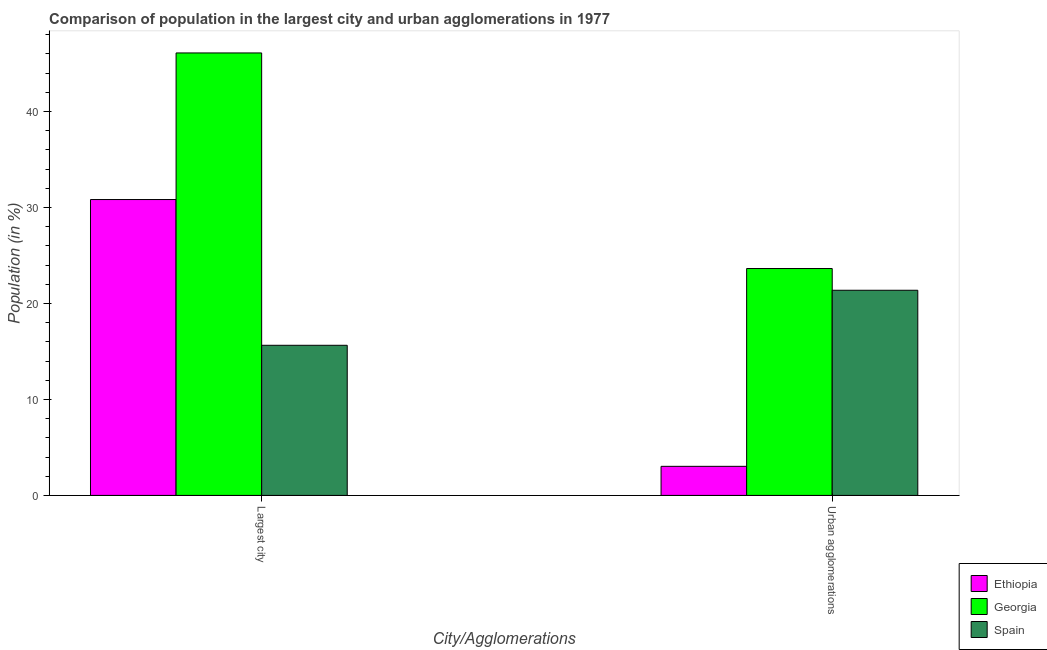
| City/Agglomerations | Ethiopia | Georgia | Spain |
 | --- | --- | --- | --- |
 | Largest city | 30.8 | 46.1 | 15.6 |
 | Urban agglomerations | 3.03 | 23.6 | 21.4 |